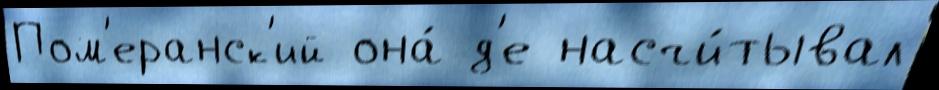
Пом'еранск'ий она́ д'е насчи́тывал